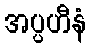
အပ္ပဟီနံ